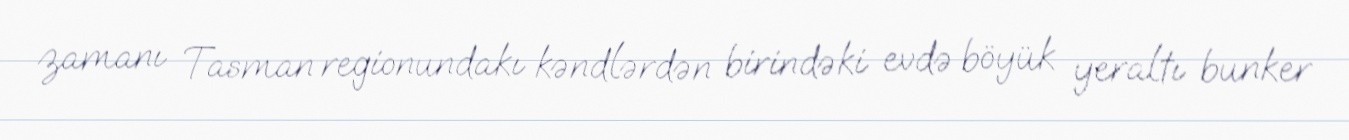
zamanı Tasman regionundakı kəndlərdən birindəki evdə böyük yeraltı bunker